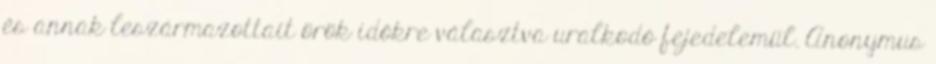
és annak leszármazottait örök időkre választva uralkodó fejedelemül. Anonymus